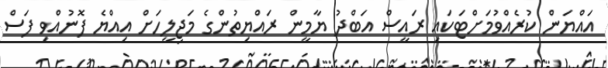
އައްޔަން ކުރެއްވުމަށްޓަކައި ރައީސް އަބްދު ޔާމީން ރައްޔިތުންގެ މަޖިލީހަށް އިއްޔެ ފޮނުއްވި ފަސް